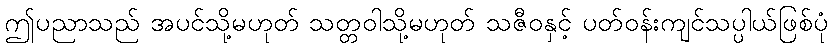
ဤပညာသည် အပင်သို့မဟုတ် သတ္တဝါသို့မဟုတ် သဇီဝနှင့် ပတ်ဝန်းကျင်သပ္ပါယ်ဖြစ်ပုံ